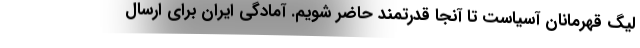
لیگ قهرمانان آسیاست تا آنجا قدرتمند حاضر شویم. آمادگی ایران برای ارسال